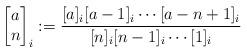
LaTeX: \begin{align*}\begin{bmatrix} a \\ n \end{bmatrix}_i := \frac{[a]_i [a-1]_i \cdots [a-n+1]_i}{[n]_i [n-1]_i \cdots [1]_i}\end{align*}